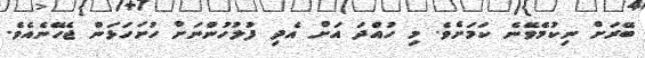
ބޭރަށް ނިކުމެވޭނެ ކަމަށެވެ. މި ހުއްދަ އަށް އެދި ފުލުހުންނަށް ހުށަހަޅަން ޖެހޭނެއެވެ.